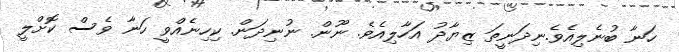
ހަނާ ބުނެލިއެވެ.ނިދަނީތަ ޒިޔާދު އަހާލިއެވެ. ނޫން. ނުނިދަން. ކިހިނެއްވީ ހަނާ ވެސް ކޮށްލީ